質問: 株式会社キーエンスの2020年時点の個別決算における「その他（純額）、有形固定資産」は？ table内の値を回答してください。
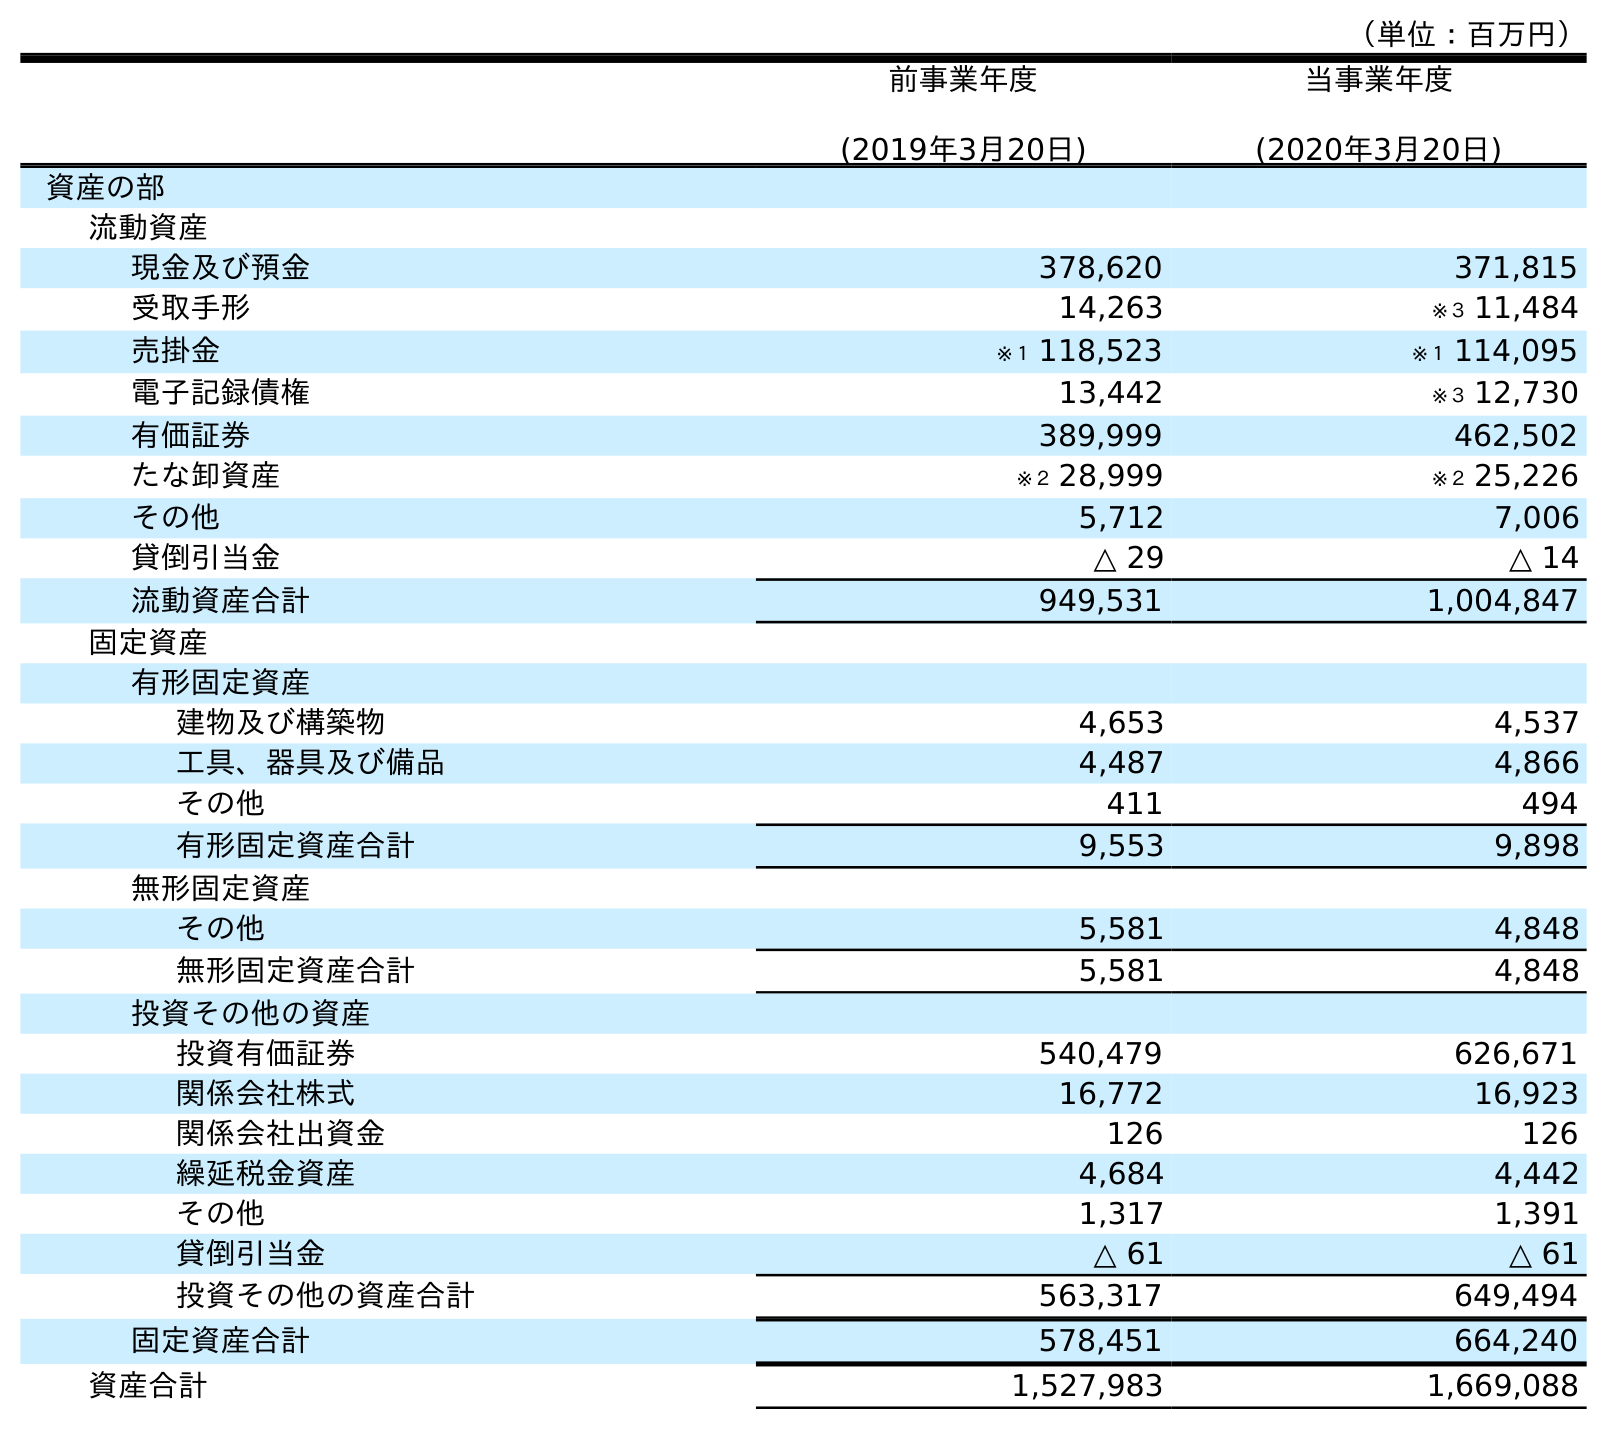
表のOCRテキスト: （単位：百万円） 前事業年度 (2019年3月20日) 当事業年度 (2020年3月20日) 資産の部 流動資産 現金及び預金 378,620 371,815 受取手形 14,263 ※３ 11,484 売掛金 ※１ 118,523 ※１ 114,095 電子記録債権 13,442 ※３ 12,730 有価証券 389,999 462,502 たな卸資産 ※２ 28,999 ※２ 25,226 その他 5,712 7,006 貸倒引当金 △ 29 △ 14 流動資産合計 949,531 1,004,847 固定資産 有形固定資産 建物及び構築物 4,653 4,537 工具、器具及び備品 4,487 4,866 その他 411 494 有形固定資産合計 9,553 9,898 無形固定資産 その他 5,581 4,848 無形固定資産合計 5,581 4,848 投資その他の資産 投資有価証券 540,479 626,671 関係会社株式 16,772 16,923 関係会社出資金 126 126 繰延税金資産 4,684 4,442 その他 1,317 1,391 貸倒引当金 △ 61 △ 61 投資その他の資産合計 563,317 649,494 固定資産合計 578,451 664,240 資産合計 1,527,983 1,669,088
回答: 494